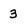
Character: 3